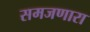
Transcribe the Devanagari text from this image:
समजणारा